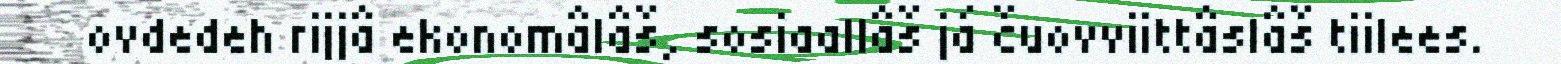
ovdedeh rijjâ ekonomâlâš, sosiaallâš já čuovviittâslâš tiilees.